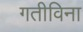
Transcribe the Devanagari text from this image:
गतीविना